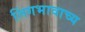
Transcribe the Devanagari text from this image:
लिंगभावाच्य